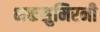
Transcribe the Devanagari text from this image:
भक्तसुमिरनी